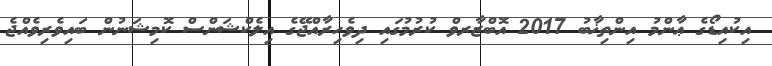
އިކުއިޑޯގެ ޢާންމު އިންތިޚާބު 2017 އޮބްޒާރވް ކުރުމުގައި ދިވެހިރާއްޖޭގެ އިލެކްޝަންސް ކޮމިޝަނުން ބައިވެރިވެއްޖެ